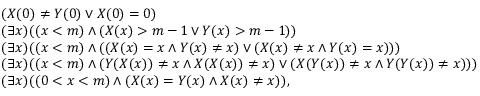
\begin{array} { r l } & { ( X ( 0 ) \neq Y ( 0 ) \lor X ( 0 ) = 0 ) } \\ & { ( \exists x ) ( ( x < m ) \land ( X ( x ) > m - 1 \lor Y ( x ) > m - 1 ) ) } \\ & { ( \exists x ) ( ( x < m ) \land ( ( X ( x ) = x \land Y ( x ) \neq x ) \lor ( X ( x ) \neq x \land Y ( x ) = x ) ) ) } \\ & { ( \exists x ) ( ( x < m ) \land ( Y ( X ( x ) ) \neq x \land X ( X ( x ) ) \neq x ) \lor ( X ( Y ( x ) ) \neq x \land Y ( Y ( x ) ) \neq x ) ) ) } \\ & { ( \exists x ) ( ( 0 < x < m ) \land ( X ( x ) = Y ( x ) \land X ( x ) \neq x ) ) , } \end{array}